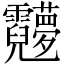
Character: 𬰖